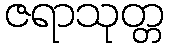
ဇရာသုတ္တ